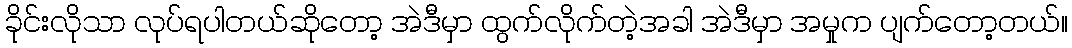
ခိုင်းလိုသာ လုပ်ရပါတယ်ဆိုတော့ အဲဒီမှာ ထွက်လိုက်တဲ့အခါ အဲဒီမှာ အမှုက ပျက်တော့တယ်။